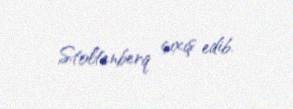
Stoltenberq çıxış edib.